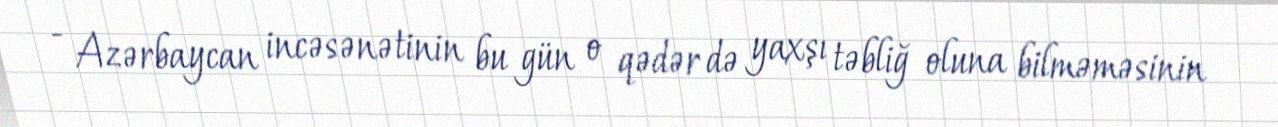
- Azərbaycan incəsənətinin bu gün o qədər də yaxşı təbliğ oluna bilməməsinin